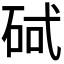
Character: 𮀕